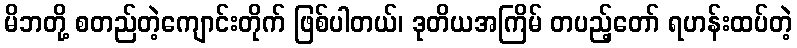
မိဘတို့ စတည်တဲ့ကျောင်းတိုက် ဖြစ်ပါတယ်၊ ဒုတိယအကြိမ် တပည့်တော် ရဟန်းထပ်တဲ့